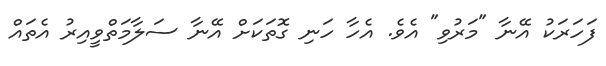
ފަހަރަކު އޭނާ "މަރުވި" އެވެ. އެހާ ހަނި ގޮތަކަށް އޭނާ ސަލާމަތްވީއިރު އެތައް